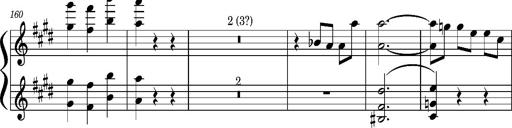
Title: Concerto sans orchestre, S.524a
Composer: Franz Liszt
Key: A major